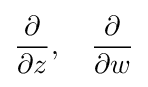
{\frac {\partial }{\partial z}},\quad {\frac {\partial }{\partial w}}